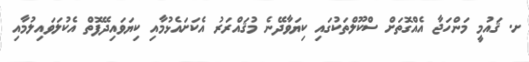
ށ. ޤައުމީ މަންހަޖާ އެއްގޮތަށް ސްކޫލްތަކުގައި ކިޔަވާދޭނެ މުޤައްރަރު އެކަށައެޅުމާއި ކިޔަވައިދޭފޮތް އެކުލަވައިލުމާއި